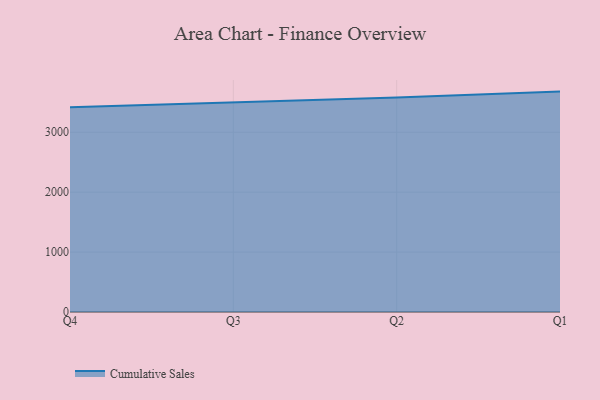
{"axis": {"x": "Quarter", "y": "Net Income (USD K)"}, "legend": ["Cumulative Sales"], "data": [{"x": "Q4", "y": 3418.8, "type": "Cumulative Sales"}, {"x": "Q3", "y": 3501.9, "type": "Cumulative Sales"}, {"x": "Q2", "y": 3579.7, "type": "Cumulative Sales"}, {"x": "Q1", "y": 3678.6, "type": "Cumulative Sales"}]}